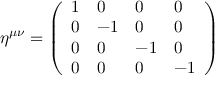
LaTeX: \eta ^ { \mu \nu } = { \left( \begin{array} { l l l l } { 1 } & { 0 } & { 0 } & { 0 } \\ { 0 } & { - 1 } & { 0 } & { 0 } \\ { 0 } & { 0 } & { - 1 } & { 0 } \\ { 0 } & { 0 } & { 0 } & { - 1 } \end{array} \right) }